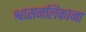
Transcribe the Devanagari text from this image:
श्वासनलिकाना